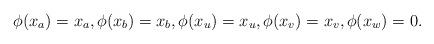
LaTeX: \begin{align*}\phi(x_a) = x_a, \phi(x_b) = x_b, \phi(x_u) = x_u, \phi(x_v) = x_v, \phi(x_w) = 0.\end{align*}